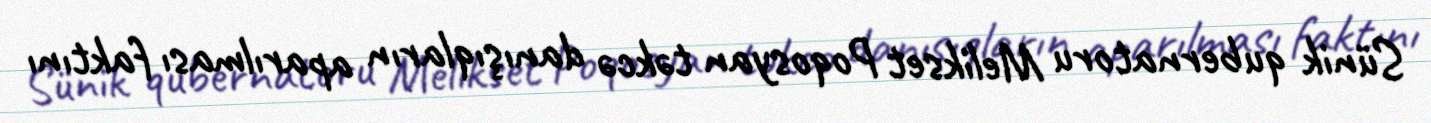
Sünik qubernatoru Melikset Poqosyan təkcə danışıqların aparılması faktını